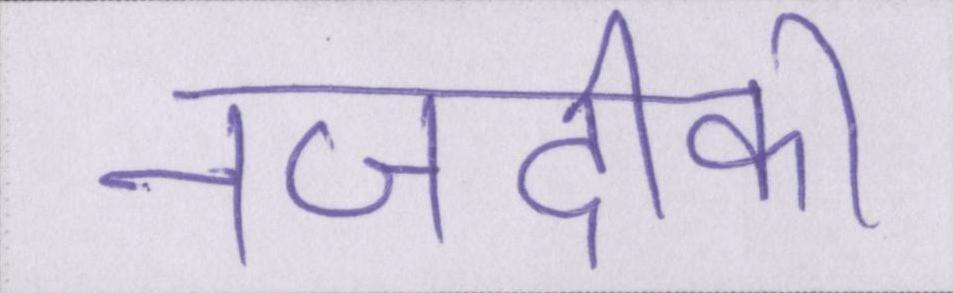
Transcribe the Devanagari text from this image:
नजदीकी